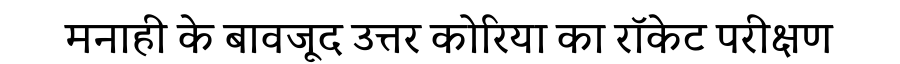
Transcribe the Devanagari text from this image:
मनाही के बावजूद उत्तर कोरिया का रॉकेट परीक्षण